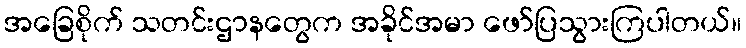
အခြေစိုက် သတင်းဌာနတွေက အခိုင်အမာ ဖော်ပြသွားကြပါတယ်။